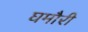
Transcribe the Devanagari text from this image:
घमौरी